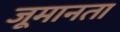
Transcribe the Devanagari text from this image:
जूमानता